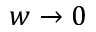
w \to 0